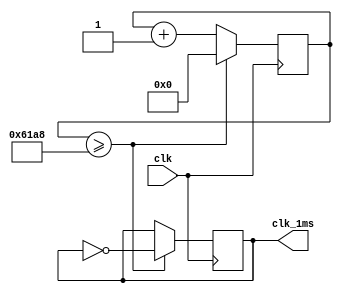
`timescale 1ns / 1ps
//////////////////////////////////////////////////////////////////////////////////
// Company: 
// Engineer: 
// 
// Design Name: 
// Module Name:    timer_1ms 
// Project Name: 
// Target Devices: 
// Tool versions: 
// Description: 
//
// Dependencies: 
//
// Revision: 
// Revision 0.01 - File Created
// Additional Comments: 
//
//////////////////////////////////////////////////////////////////////////////////
module timer_1ms(clk,clk_1ms);
    input wire clk;
    output reg clk_1ms;
    reg [15:0] cnt;
    initial begin
        cnt [15:0] <=0;
        clk_1ms <= 0;
    end
    always@(posedge clk)
        if(cnt>=25000) begin
            cnt<=0;
            clk_1ms <= ~clk_1ms;
        end
        else begin
        cnt<=cnt+1;
        end
endmodule